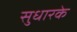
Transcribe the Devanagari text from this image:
सुधारके